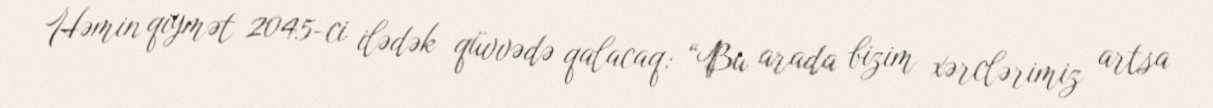
Həmin qiymət 2045-ci ilədək qüvvədə qalacaq: “Bu arada bizim xərclərimiz artsa